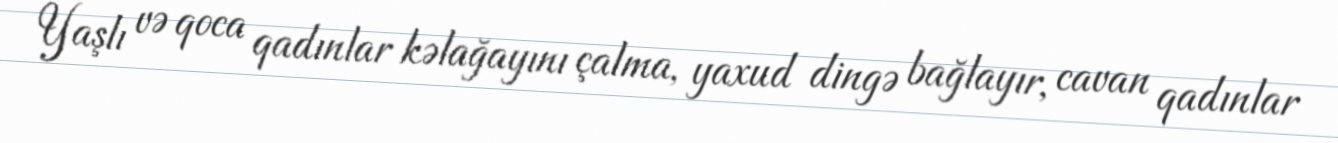
Yaşlı və qoca qadınlar kəlağayını çalma, yaxud dingə bağlayır, cavan qadınlar